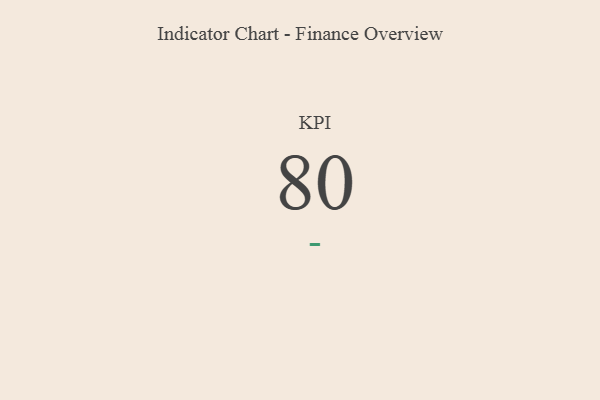
{"axis": {"x": "KPI", "y": "Value"}, "legend": [""], "data": [{"x": "KPI", "y": 80, "type": ""}]}